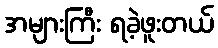
အများကြီး ရခဲ့ဖူးတယ်